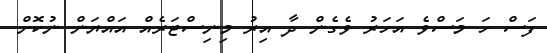
ފަސް ހަ މަސްވެ އަހަރު ވެގެން ދާ އިރު މިނިސްޓަރެއް އައްޔަން ނުކޮށް